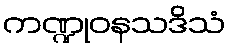
ကဏ္ဍုဝနသဒိသံ